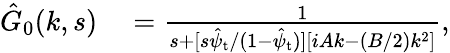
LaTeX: \begin{array}{rl}{\hat{G}_{0}(k,s)}&{{}=\frac{1}{s+[s\hat{\psi}_{\mathrm{t}}/(1-\hat{\psi}_{\mathrm{t}})]\left[iAk-(B/2)k^{2}\right]},}\end{array}